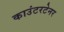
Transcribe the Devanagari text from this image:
काउंटरटेनर